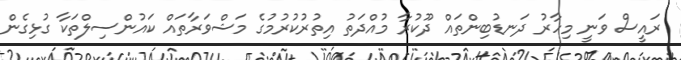
ރައީސް ވަނީ މިހާރު ދަނޑުބިންތައް ދޫކުރާ މުއްދަތު އިތުރުކުރުމުގެ މަޝްވަރާތައް ކައުންސިލްތަކާ ގުޅިގެން